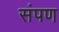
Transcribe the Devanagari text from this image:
संपण